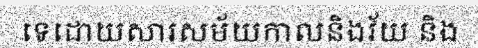
ទេដោយសារសម័យកាលនិងវ័យ និង